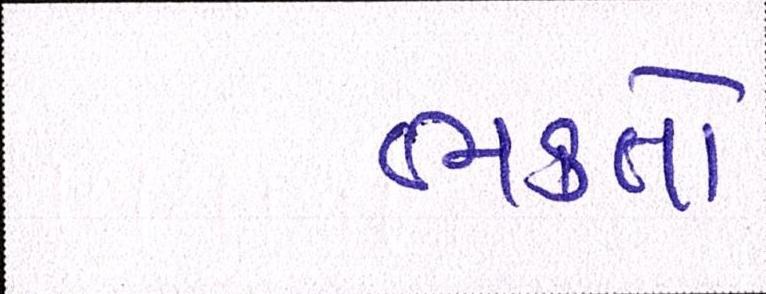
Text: ભક્તો